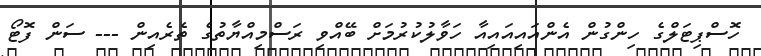
ހޮސްޕިޓަލްގެ ހިންގުން އެންއައިއައިއާ ހަވާލުކުރުމަށް ބޭއްވި ރަސްމިއްޔާތުގެ ތެރެއިން --- ސަން ފޮޓޯ